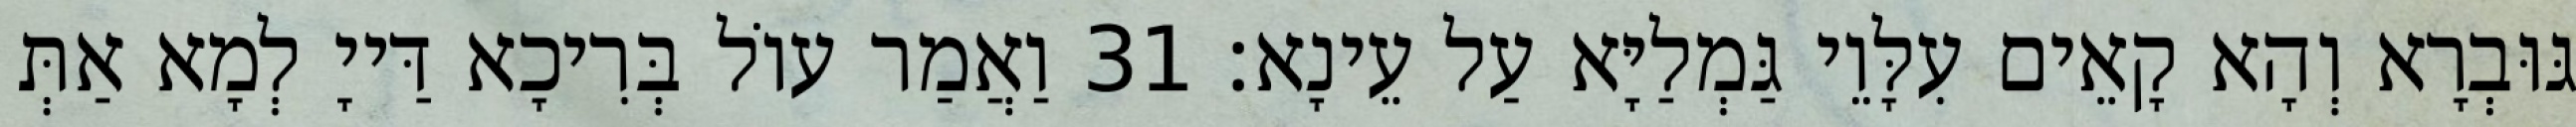
גּוּבְרָא וְהָא קָאֵים עִלָּוֵי גַּמְלַיָּא עַל עֵינָא׃ 31 וַאֲמַר עוֹל בְּרִיכָא דַּייָ לְמָא אַתְּ